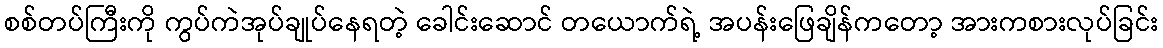
စစ်တပ်ကြီးကို ကွပ်ကဲအုပ်ချုပ်နေရတဲ့ ခေါင်းဆောင် တယောက်ရဲ့ အပန်းဖြေချိန်ကတော့ အားကစားလုပ်ခြင်း